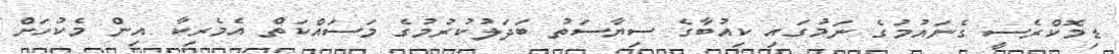
ޑިމޮކްރެސީ ގެނައުމުގެ ނަމުގައި ކިއުބާގެ ސިޔާސަތު ބަދަލުކުރުމުގެ މަސައްކަތް އެމެރިކާ އިން މެކުހަށް